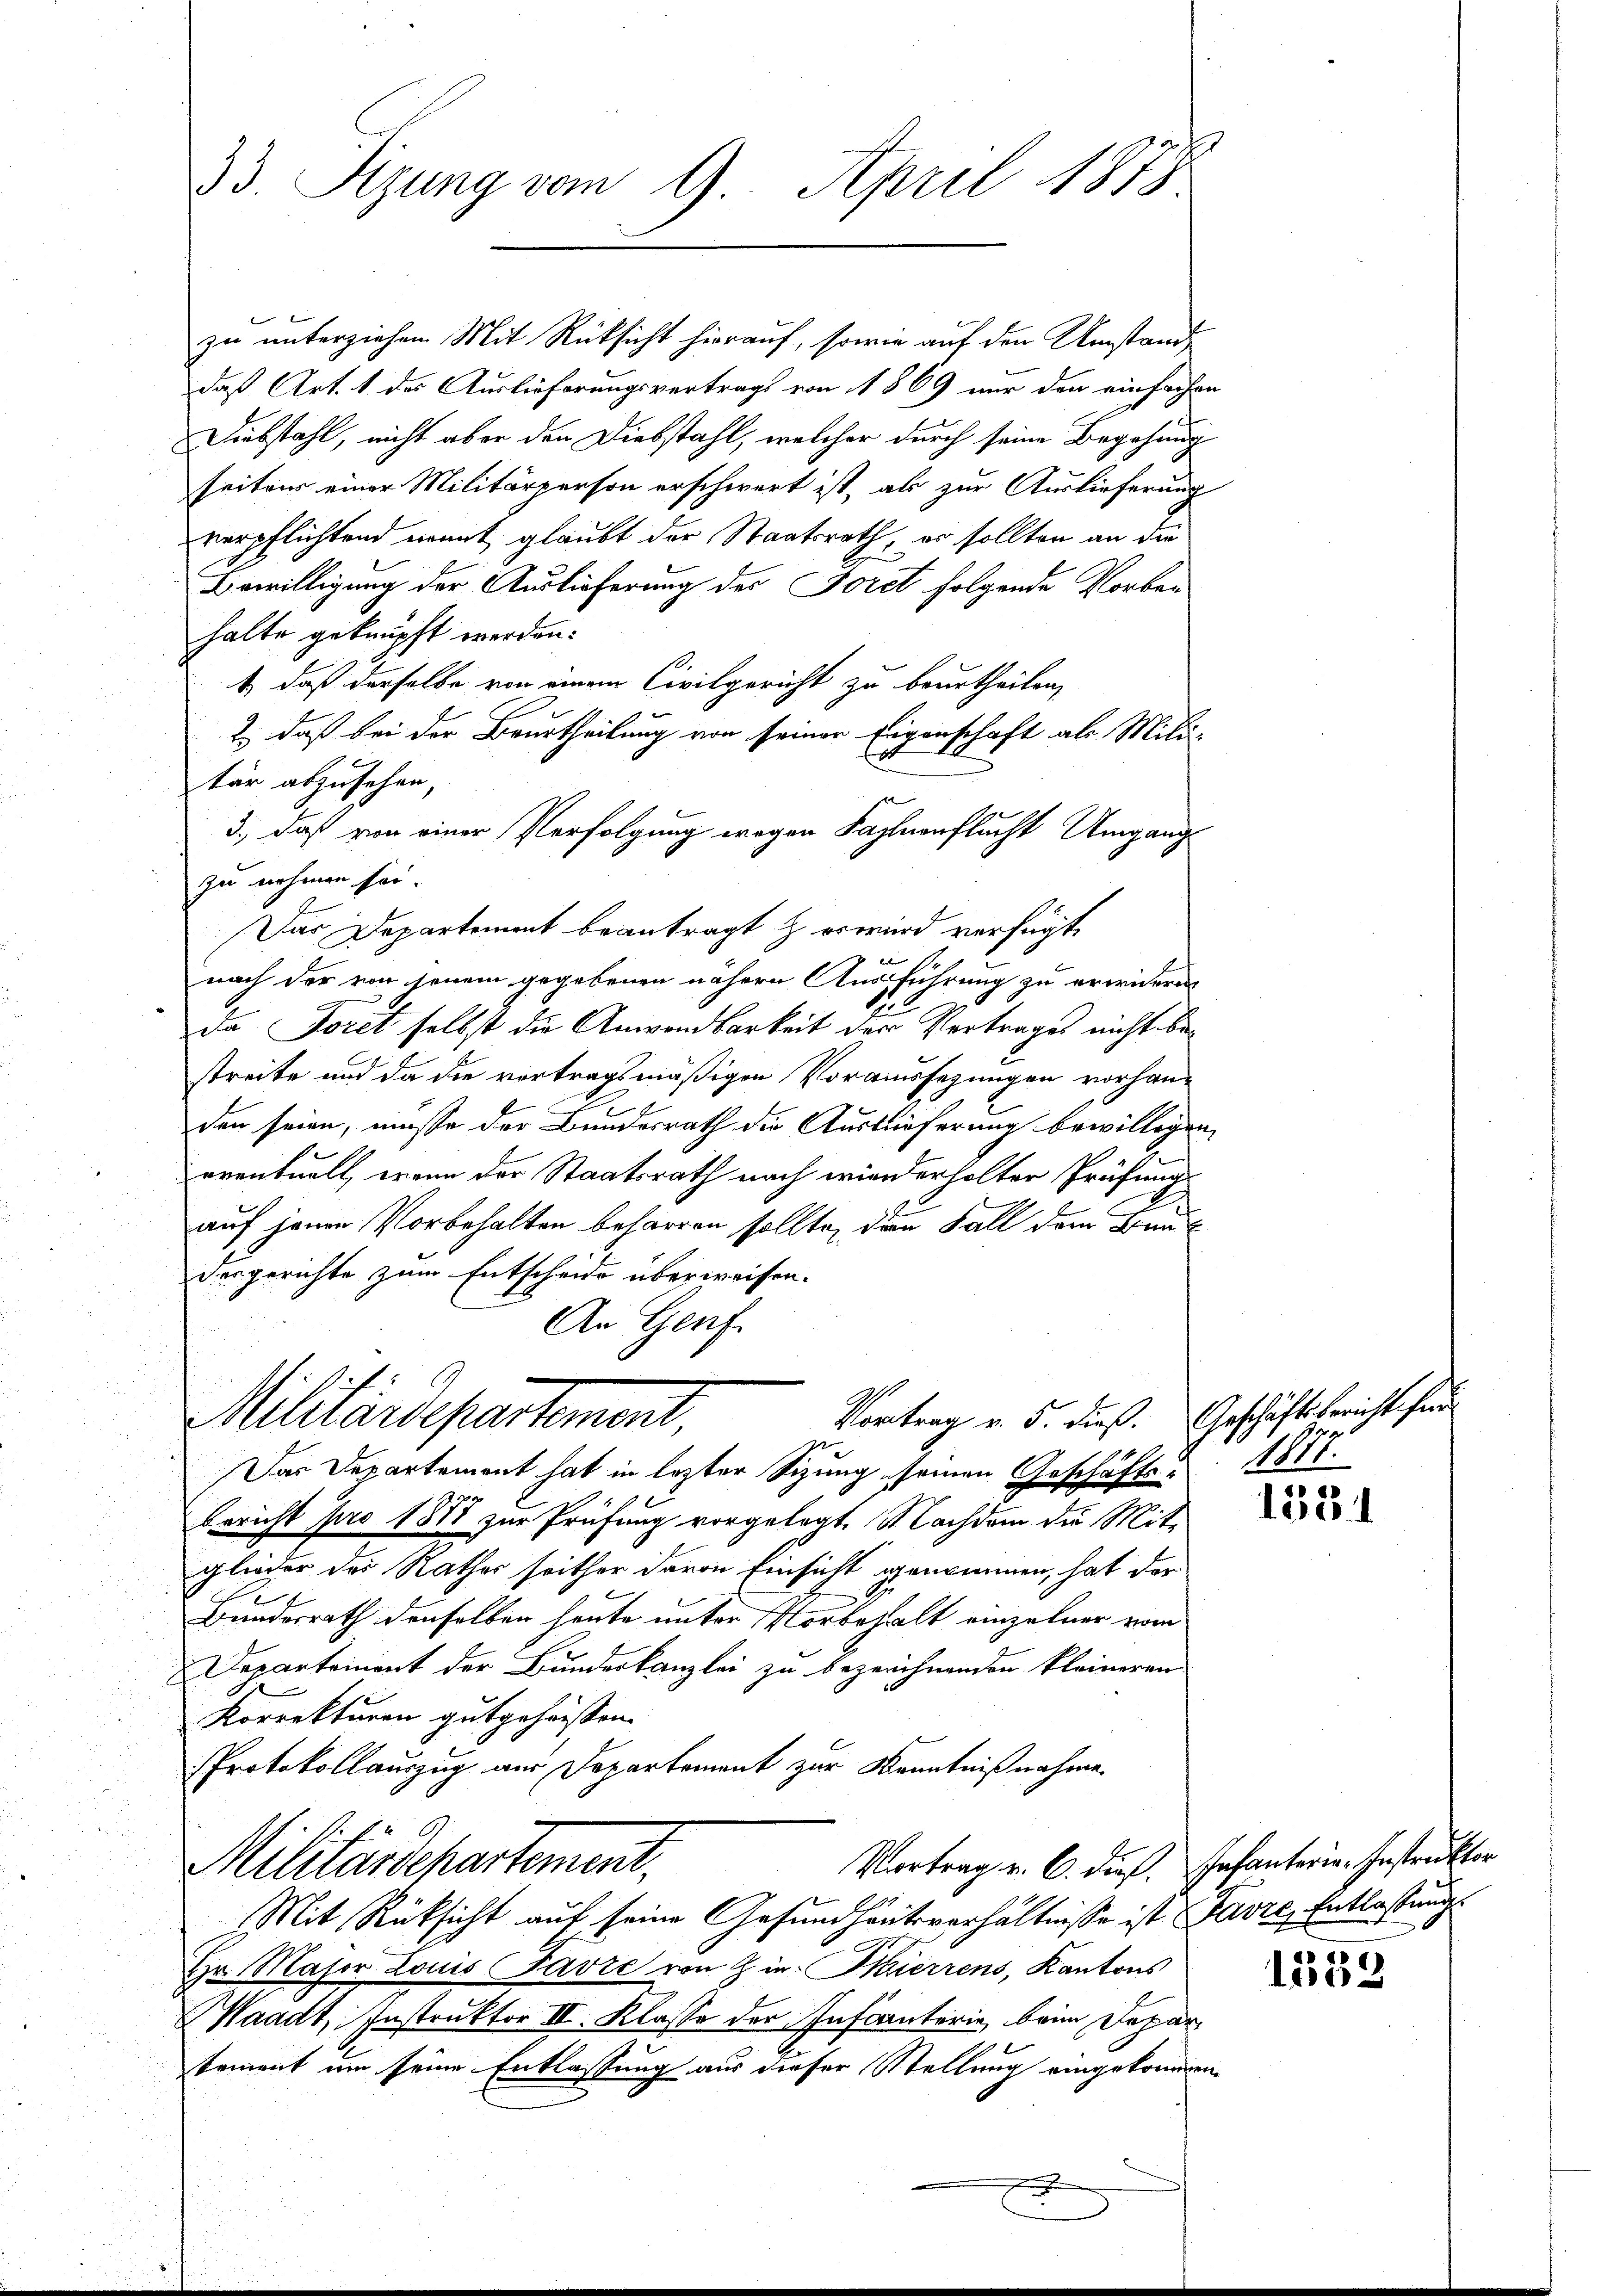
33. Sizung vom 9. April 1878

zu unterziehen Mit Rücksicht hierauf, sowie auf den Umstande
daß Art. 1 des Auslieferungsvertrags von 1869 nur den einfachen
Diebstahl, nicht aber den Diebstahl, welcher durch seine Begehung
seitens einer Militärperson erschwert ist, als zur Auslieferung
verpflichtend womit glaubt der Staatsrath, er sollten an die
Bewilligung der Auslieferung des Foret folgende Vorbau
halte geknüpft werden.
t, daß derselbe von einem Civilgericht zu beurtheilen,
2 daß bei der Beurtheilung von seiner Eigenschaft als Mili-
tär abzusehen,
3), daß von einer Verfolgung wegen Fahnenflucht Umgang
zu nehmen sei.
Das Departement beantragt & erwird verfügt,
nach der von jenem gegebenen nähern Ausführung zu erwideren
da Foret selbst die Anwendbarkeit der Vertrages nicht bestreite und da die vortragsmäßigen Voraussezungen vorhanden seien, müsse der Bundesrath die Auslieferung bewilligen,
eventuell, wenn der Staatsrath nach wiederholter Prüfung
auf jenen Vorbehalten beharren sollte, dien Fall dem Bauk
dergerichte zum Entscheide überweisen.
An Genf

Das Departement hat in lezter Sizung seinen Geschäfts¬
Bericht pro 1877 zur Prüfung vorgelegt. Nachdem die Mit-
glieder der Rathes seither davon Einsicht genommen, hat der
Bundesrath denselben heute unter Vorbehalt einzelner vom
Departement der Bundeskanzlei zu bezeichnenden kleineren
Korrekturen gutgeheissen.
Protokollauszug aus Departement zur Kenntnißnahme
Vortrag v. C. dieß. Infanterie-Instruktor
Militärdepartement,
Mit Rücksicht auf seine Gesundheitsverhältnisse ist Favre, Entlassung
Hr. Major Louis Favre von Zin. Hierrens, Kantons
Waadt, Instruktor II. Klasse der Inscanterie, beim Deparkoment um seine Entlassung aus dieser Stellung eingekommen
m

Vortrag v. 5. dieß. Geschäftsbericht für
Militärdepartement,

14.

1531

1338